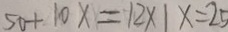
5 0 + 1 0 x = 1 2 \times 1 x = 2 5